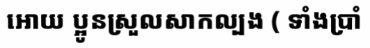
អោយ ប្អូនស្រួលសាកល្បង ( ទាំងប្រាំ